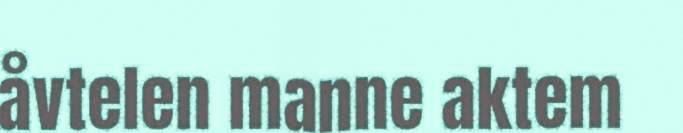
åvtelen manne aktem